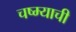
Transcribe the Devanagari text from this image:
चष्म्याची